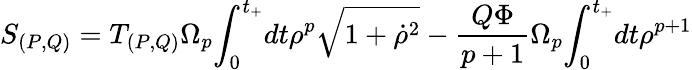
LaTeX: S_{(P,Q)}=T_{(P,Q)}{\Omega}_{p}{\int}_{0}^{t_{+}}dt{\rho}^{p}\sqrt{1+{\dot{\rho}}^{2}}-\frac{Q{\Phi}}{p+1}{\Omega}_{p}{\int}_{0}^{t_{+}}dt{\rho}^{p+1}